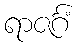
ရာဇင်္ဂံ